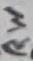
Text: RW